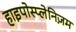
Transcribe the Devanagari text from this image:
हाइपोस्प्लेनिज़म